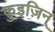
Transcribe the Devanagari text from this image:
क़ुइज़िन्